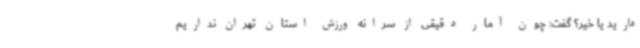
دارید یا خیر؟ گفت: چون آمار دقیقی از سرانه ورزش استان تهران نداریم